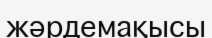
жәрдемақысы